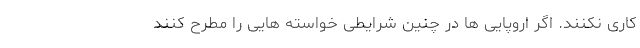
کاری نکنند. اگر اروپایی ها در چنین شرایطی خواسته هایی را مطرح کنند